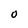
Character: O